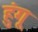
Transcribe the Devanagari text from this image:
हुंगू